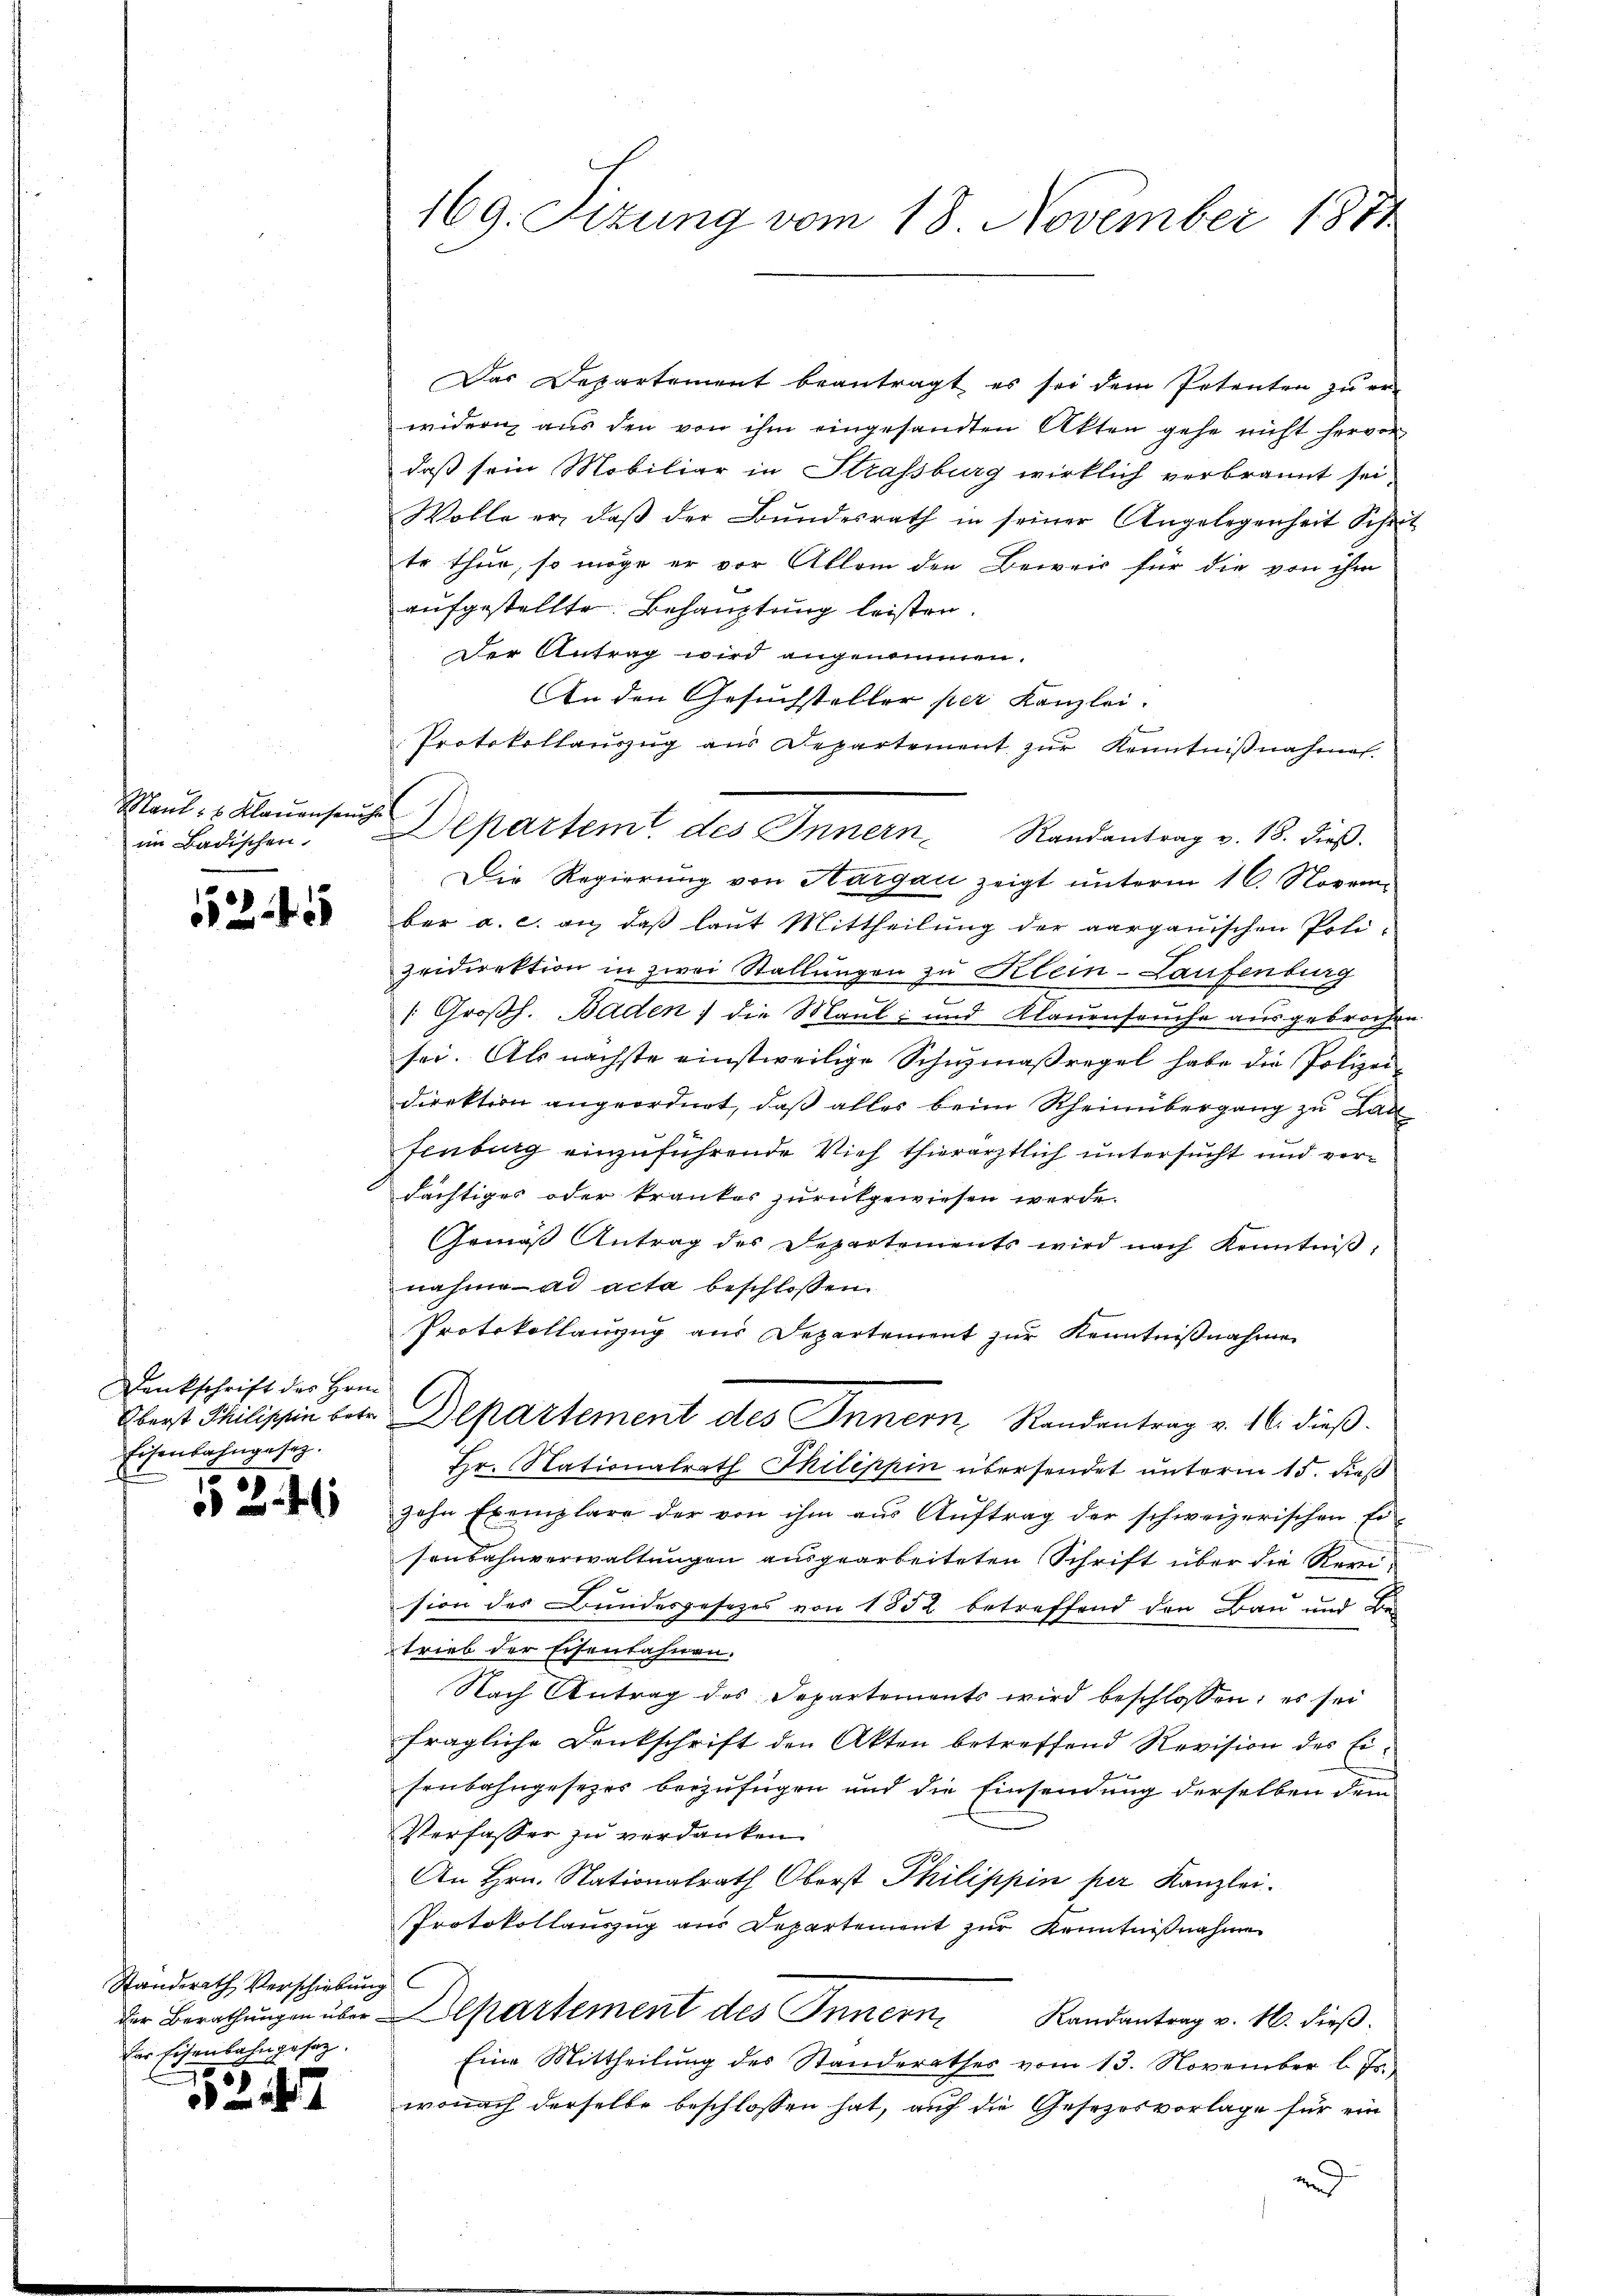
Maul- & Klauenseuche
im Badischen.

2

Denkschrift des Hrn.
Eisenbahngesag

5246

Standerath Verschiebung
Der Eisenbahngesag

7

169. Sizung vom 18. November 1871

Das Departement beantragt es sei dem Petenten zu er-
widern aus den von ihm eingesandten Akten gehe nicht hervor
daß sein Mobiliar in Strassburg wirklich verbrannt sei.
Wolle er, daβ der Bundesrath in seiner Angelegenheit Sche
te thun, so möge er vor Allem den Beweis für die von ihm
aufgestellte. Behauptung leisten.
Der Antrag wird angenommen.
An den Gesuchsteller per Kanzlei-
Protokollauszug aus Departement zur Kenntnißnahmen.
Die Regierŭng von Hargau zeigt ŭnterm 16. Novem-
ber a. c. an, daß laut Mittheilung der aargauischen Poli-
zeidirektion in zwei Stallungen zu Klein-Laufenburg
1 Großh. Baden, die Maul- und Klauenseuche ausgebrochen
sei. Als nächste einstweilige Schumaßregel habe die Polizei-
direktion angeordnet, daß alles beim Rheinübergang zu Han
fenburg einzuführende Vieh thierärztlich untersucht und verdächtiger oder krankes zurückgewiesen werde.
Gemäβ Antrag des Departements wird nach Kenntniβ,
nahme ad acta beschlossen.
Protokollanzug aus Departement zur Kenntnißnahme
Ebert Philippin betr. Departement des Innern Randantrag v. 16. dieβ.
Hr. Nationalrath Thilippin übersendet unterm 15. dieß
zehn Exemplare der von ihm aŭs Aŭftrag der schweizerischen Er-
senbahnverwaltungen ausgearbeiteten Schrift über die Revision des Bundesgesezes von 1852 betreffend den Bau und Bei
trieb der Eisenbahnen.
Nach Antrag des Separtements wird beschlossen; es sei
fragliche Denkschrift den Akten betreffend Revision des Eix
senbahngesezes beizufügen und die Einsendung derselben dem
Verfasser zu verdanken.
An Hrn. Nationalrath Oberst Philippin per Kanzlei.
Protokollauszug aus Departement zur Kenntnißnahme
der Berathŭngen über Departement des Innern Randantrag v. M. dieβ.
Eine Mittheilung des Standerathes vom 13. November l. Js.
wonach derselbe beschlossen hat, auf die Gesezesvorlage für ein
de

Departem des Innern Randantrag v. 18. dieβ.